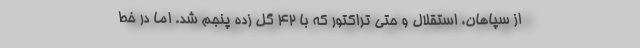
از سپاهان، استقلال و حتی تراکتور که با ۴۲ گل زده پنجم شد. اما در خط